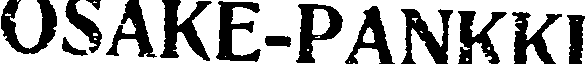
OSAKE-PANKKI